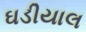
ઘડીયાલ